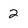
Character: 2